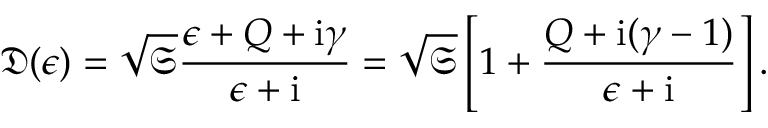
\mathfrak { D } ( \epsilon ) = \sqrt { \mathfrak { S } } \frac { \epsilon + Q + \mathrm { i } \gamma } { \epsilon + \mathrm { i } } = \sqrt { \mathfrak { S } } \left[ 1 + \frac { Q + \mathrm { i } ( \gamma - 1 ) } { \epsilon + \mathrm { i } } \right] .